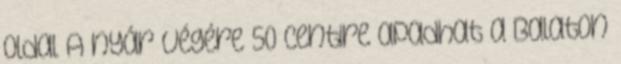
oldal A nyár végére 50 centire apadhat a Balaton